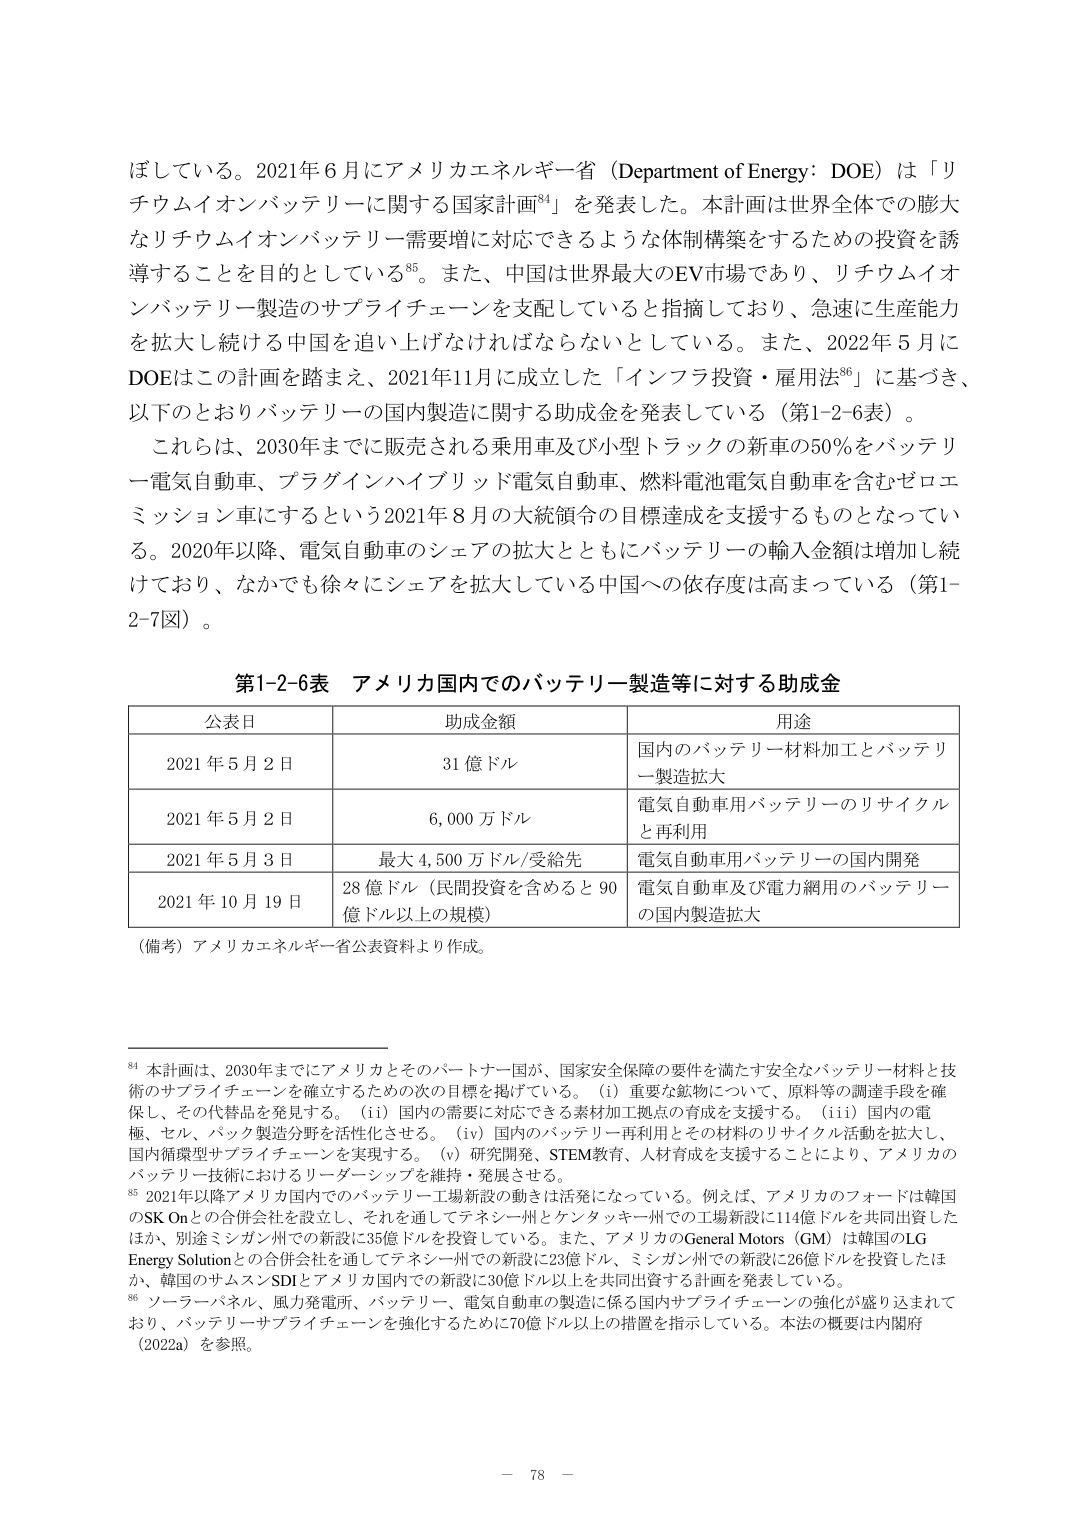
ぼしている。2021年6月にアメリカエネルギー省（Department of Energy: DOE）は「リチウムイオンバッテリーに関する国家計画⁸⁴」を発表した。本計画は世界全体での膨大なリチウムイオンバッテリー需要増に対応できるような体制構築をするための投資を誘導することを目的としている⁸⁵。また、中国は世界最大のEV市場であり、リチウムイオンバッテリー製造のサプライチェーンを支配していると指摘しており、急速に生産能力を拡大し続ける中国を追い上げなければならないとしている。また、2022年5月にDOEはこの計画を踏まえ、2021年11月に成立した「インフラ投資・雇用法⁸⁶」に基づき、以下のとおりバッテリーの国内製造に関する助成金を発表している（第1-2-6表）。

これらは、2030年までに販売される乗用車及び小型トラックの新車の50％をバッテリー電気自動車、プラグインハイブリッド電気自動車、燃料電池電気自動車を含むゼロエミッション車にするという2021年8月の大統領令の目標達成を支援するものとなっている。2020年以降、電気自動車のシェアの拡大とともにバッテリーの輸入金額は増加し続けており、なかでも徐々にシェアを拡大している中国への依存度は高まっている（第1-2-7図）。

第1-2-6表 アメリカ国内でのバッテリー製造等に対する助成金

| 公表日 | 助成金額 | 用途 |
|---|---|---|
| 2021年5月2日 | 31億ドル | 国内のバッテリー材料加工とバッテリー製造拡大 |
| 2021年5月2日 | 6,000万ドル | 電気自動車用バッテリーのリサイクルと再利用 |
| 2021年5月3日 | 最大4,500万ドル/受給先 | 電気自動車用バッテリーの国内開発 |
| 2021年10月19日 | 28億ドル（民間投資を含めると90億ドル以上の規模） | 電気自動車及び電力網用のバッテリーの国内製造拡大 |

（備考）アメリカエネルギー省公表資料より作成。

⁸⁴ 本計画は、2030年までにアメリカとそのパートナー国が、国家安全保障の要件を満たす安全なバッテリー材料と技術のサプライチェーンを確立するための次の目標を掲げている。（i）重要な鉱物について、原料等の調達手段を確保し、その代替品を発見する。（ii）国内の需要に対応できる素材加工拠点の育成を支援する。（iii）国内の電極、セル、パック製造分野を活性化させる。（iv）国内のバッテリー再利用とその材料のリサイクル活動を拡大し、国内循環型サプライチェーンを実現する。（v）研究開発、STEM教育、人材育成を支援することにより、アメリカのバッテリー技術におけるリーダーシップを維持・発展させる。

⁸⁵ 2021年以降アメリカ国内でのバッテリー工場新設の動きは活発になっている。例えば、アメリカのフォードは韓国のSK Onとの合併会社を設立し、それを通してテネシー州とケンタッキー州での工場新設に114億ドルを共同出資したほか、別途ミシガン州での新設に35億ドルを投資している。また、アメリカのGeneral Motors（GM）は韓国のLG Energy Solutionとの合弁会社を通じてテネシー州での新設に23億ドル、ミシガン州での新設に26億ドルを投資したほか、韓国のサムスンSDIとアメリカ国内での新設に30億ドル以上を共同出資する計画を発表している。

⁸⁶ ソーラーパネル、風力発電所、バッテリー、電気自動車の製造に係る国内サプライチェーンの強化が盛り込まれており、バッテリーサプライチェーンを強化するために70億ドル以上の措置を指示している。本法の概要は内閣府（2022a）を参照。

— 78 —